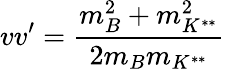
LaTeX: vv^{\prime}=\frac{m_{B}^{2}+m_{K^{**}}^{2}}{2m_{B}m_{K^{**}}}